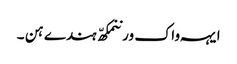
ایہہ واک ورننمکھّ ہندے ہن ۔